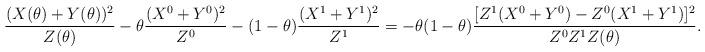
LaTeX: \begin{align*}\tiny {\frac{(X(\theta)+Y(\theta))^2}{Z(\theta)} - \theta \frac{(X^0+Y^0)^2}{Z^0} -(1-\theta) \frac{(X^1+Y^1)^2}{Z^1} =-\theta(1-\theta)\frac{[Z^1(X^0+Y^0)-Z^0(X^1+Y^1)]^2}{Z^0Z^1Z(\theta)}.}\end{align*}